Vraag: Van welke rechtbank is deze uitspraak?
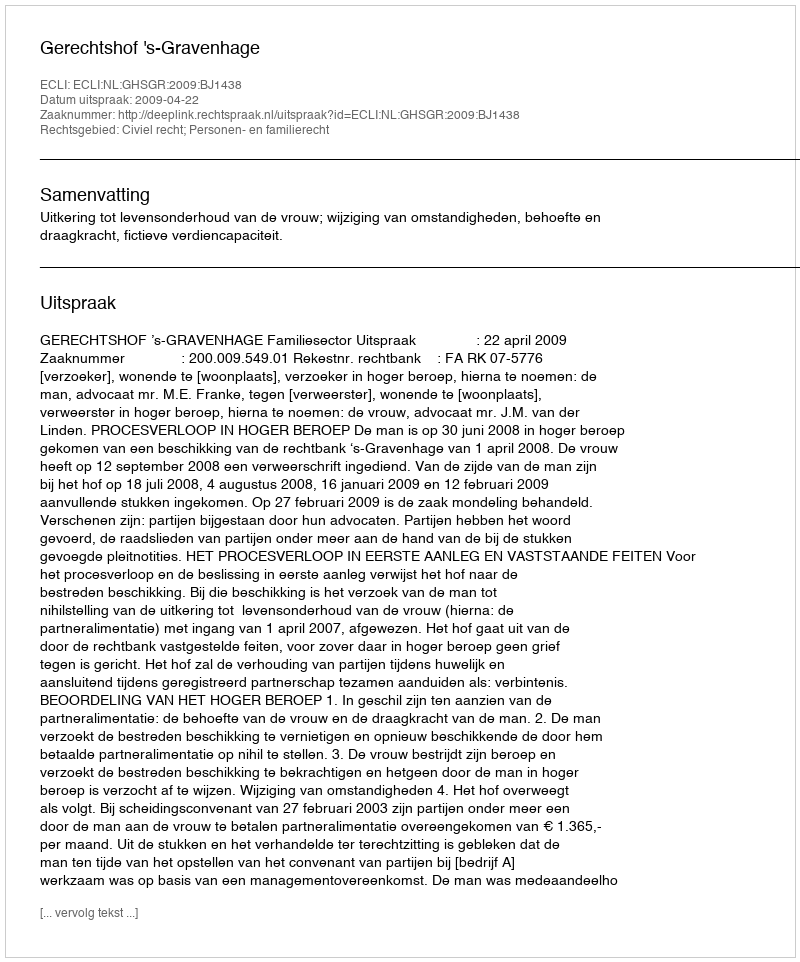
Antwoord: Gerechtshof 's-Gravenhage